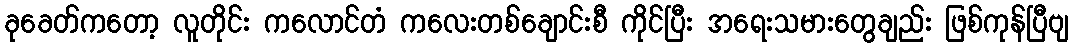
ခုခေတ်ကတော့ လူတိုင်း ကလောင်တံ ကလေးတစ်ချောင်းစီ ကိုင်ပြီး အရေးသမားတွေချည်း ဖြစ်ကုန်ပြီဗျ